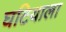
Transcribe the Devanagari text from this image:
घटियाला